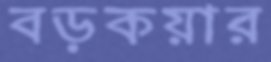
বড়কয়ার